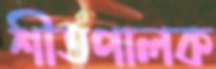
শীতপালক